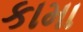
કામા